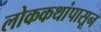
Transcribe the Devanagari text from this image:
लोककथांपासून